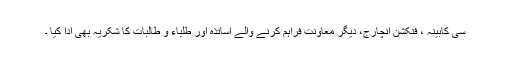
سی کابینہ ، فنکشن انچارج، دیگر معاونت فراہم کرنے والے اساتذہ اور طلباء و طالبات کا شکریہ بھی ادا کیا ۔